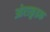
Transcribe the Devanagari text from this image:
ओराकुइक